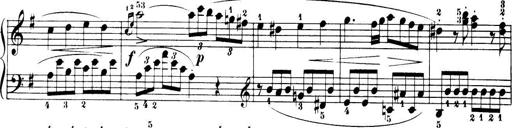
Title: 32 Sonatinas and Rondos for the Piano
Composer: Richard Kleinmichel